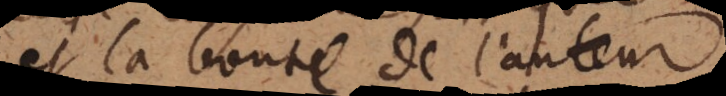
et la bonté de l’auteur